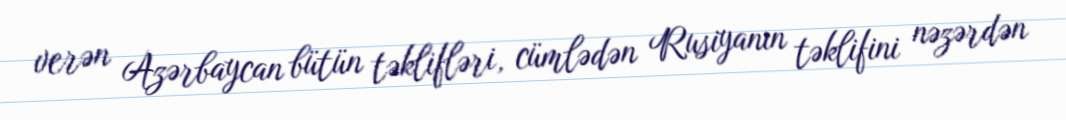
verən Azərbaycan bütün təklifləri, cümlədən Rusiyanın təklifini nəzərdən